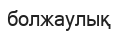
болжаулық